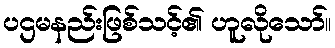
ပဌမနည်းဖြစ်သင့်၏ ဟူလိုသော်။